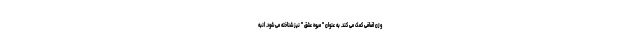
وزن اضافی کمک می کند. به عنوان " میوه عشق " نیز شناخته می شود. انبه